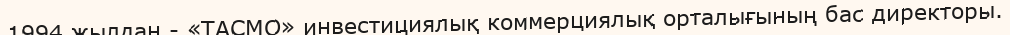
1994 жылдан - «ТАСМО» инвестициялық коммерциялық орталығының бас директоры.